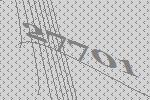
27701